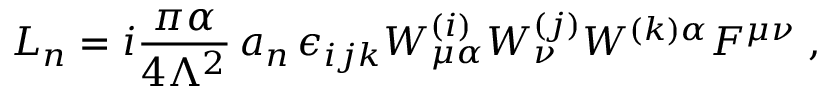
{ \cal L } _ { n } = i \frac { \pi \alpha } { 4 \Lambda ^ { 2 } } \, a _ { n } \, \epsilon _ { i j k } W _ { \mu \alpha } ^ { ( i ) } W _ { \nu } ^ { ( j ) } W ^ { ( k ) \alpha } F ^ { \mu \nu } \; ,